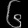
Digit: ၆